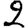
Digit: 2